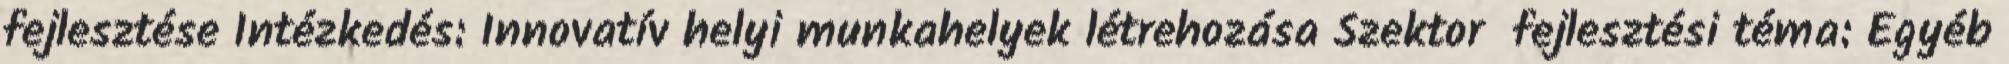
fejlesztése Intézkedés: Innovatív helyi munkahelyek létrehozása Szektor fejlesztési téma: Egyéb